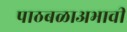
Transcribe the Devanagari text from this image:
पाठबळाअभावी